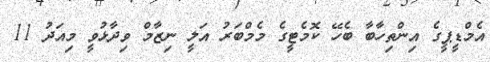
އެމްޑީޕީގެ އިންތިހާބާ ބެހޭ ކޮމެޓީގެ މެމްބަރު އަލީ ނިޒާމް ވިދާޅުވީ މިއަދު 11